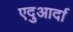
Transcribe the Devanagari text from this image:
एदुआर्दा